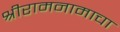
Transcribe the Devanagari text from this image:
श्रीरामनामाचा